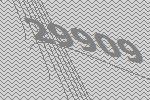
29909